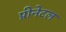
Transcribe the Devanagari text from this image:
प्रीनेटल